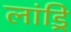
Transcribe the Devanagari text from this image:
लांड्रि